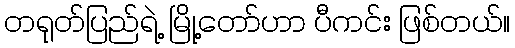
တရုတ်ပြည်ရဲ့ မြို့တော်ဟာ ပီကင်း ဖြစ်တယ်။